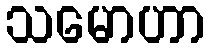
သမောဟာ